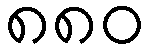
၈၈၀